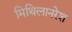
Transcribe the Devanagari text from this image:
मिथिलानरेश